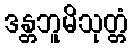
ဒန္တဘူမိသုတ္တံ